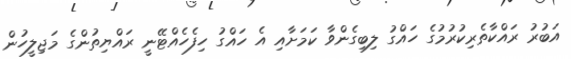
އަބުރު ރައްކާތެރިކުރުމުގެ ހައްގު ލިބިގެންވާ ކަމަށާއި އެ ހައްގު ހިފެހެއްޓޭނީ ރައްޔިތުންގެ މަޖިލީހުން